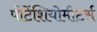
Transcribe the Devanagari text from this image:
पोटेंशियोमीटर्स